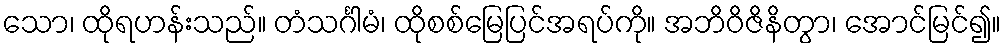
သော၊ ထိုရဟန်းသည်။ တံသင်္ဂါမံ၊ ထိုစစ်မြေပြင်အရပ်ကို။ အဘိဝိဇိနိတွာ၊ အောင်မြင်၍။